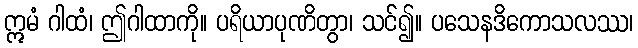
ဣမံ ဂါထံ၊ ဤဂါထာကို။ ပရိယာပုဏိတွာ၊ သင်၍။ ပသေနဒိကောသလဿ၊